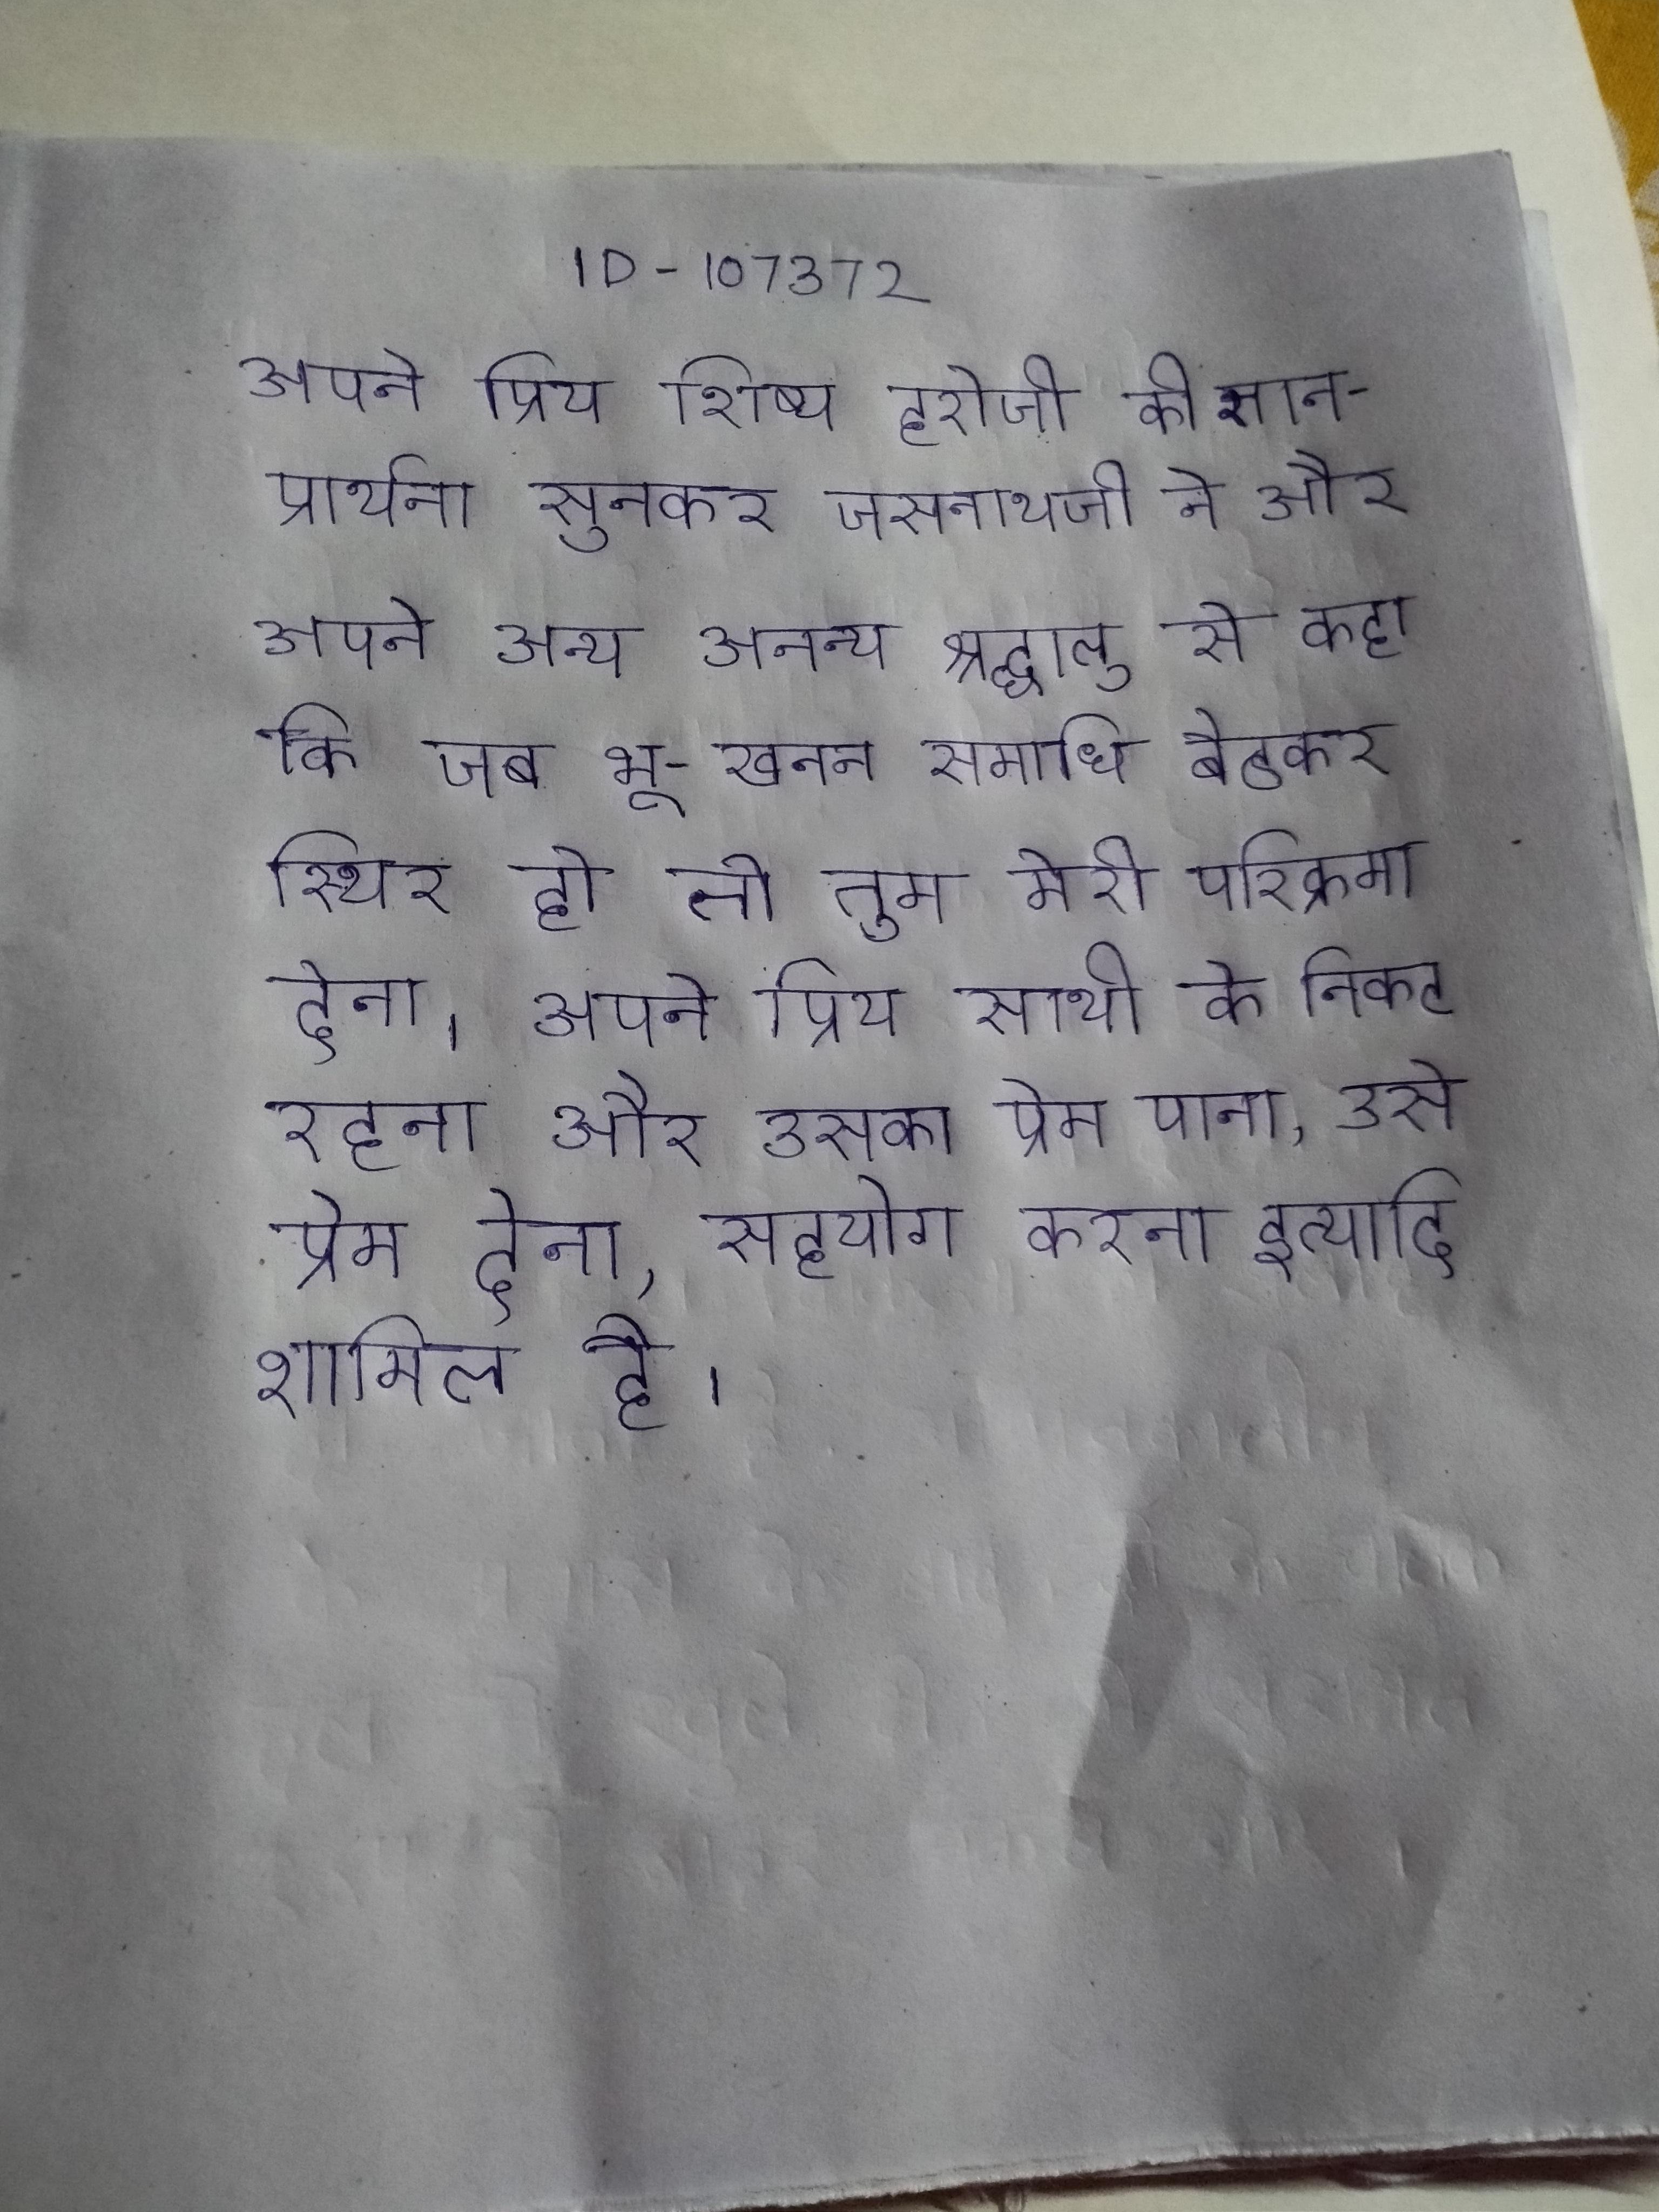
अपने प्रिय शिष्य हरोजी की ज्ञान-प्रार्थना सुनकर जसनाथजी ने और अपने अन्य अनन्य श्रद्घालु से कहा कि जब भू-खनन समाधि बैठकर स्थिर हो तो तुम मेरी परिक्रमा देना । अपने प्रिय साथी के निकट रहना और उसका प्रेम पाना, उसे प्रेम देना, सहयोग करना इत्यादि शामिल है ।